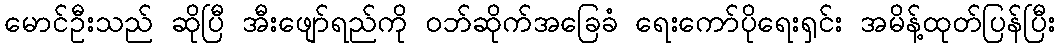
မောင်ဦးသည် ဆိုပြီ အီးဖျော်ရည်ကို ဝဘ်ဆိုက်အခြေခံ ရေးကော်ပိုရေးရှင်း အမိန့်ထုတ်ပြန်ပြီး